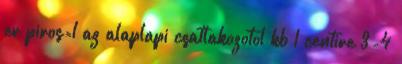
er piros=1 az alaplapi csatlakozotol kb 1 centire 3-4